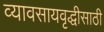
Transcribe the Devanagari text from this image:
व्यावसायवृद्धीसाठी